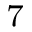
_ { 7 }